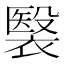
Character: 𧜤